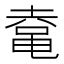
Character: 𱋾